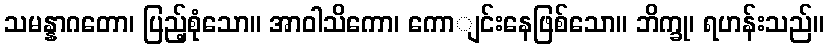
သမန္နာဂတော၊ ပြည့်စုံသော။ အာဝါသိကော၊ ကောျင်းနေဖြစ်သော။ ဘိက္ခု၊ ရဟန်းသည်။